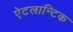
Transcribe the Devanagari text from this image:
ऐटलान्टिक